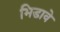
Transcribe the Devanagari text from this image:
भिडावे